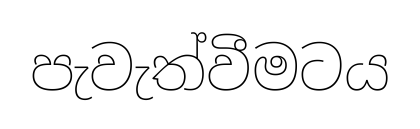
පැවැත්වීමටය